Civil Veterinary Department. Madras. Admin. report 1926-33 - 1926-1933
Year: 1926
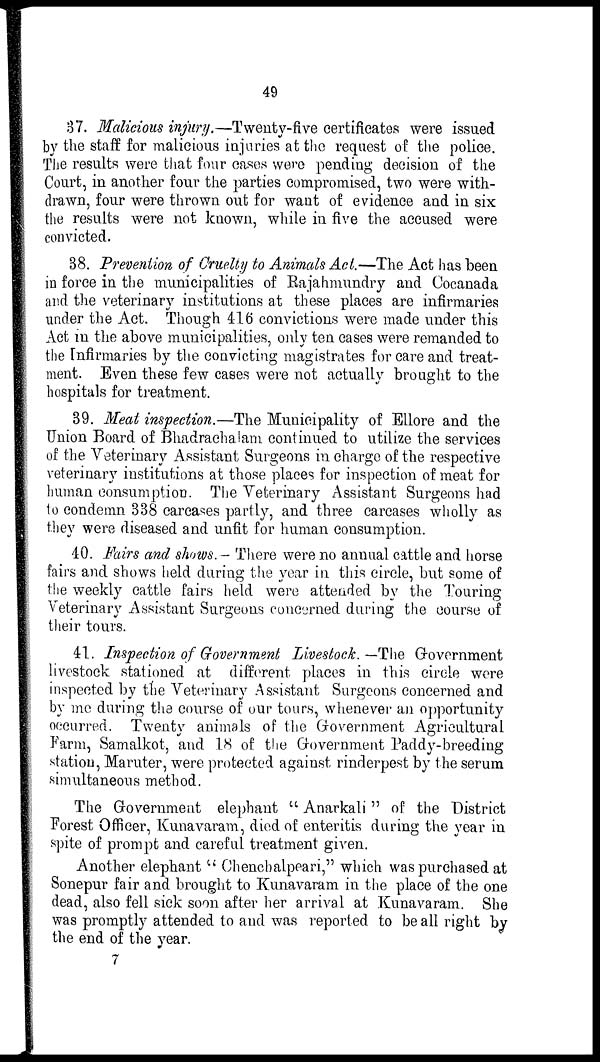
49
37. Malicious injury.—Twenty-five certificates were issued
by the staff for malicious injuries at the request of the police.
The results were that four cases were pending decision of the
Court, in another four the parties compromised, two were with-
drawn, four were thrown out for want of evidence and in six
the results were not known, while in five the accused were
convicted.
38. Prevention of Cruelty to Animals Act.—The Act has been
in force in the municipalities of Rajahmundry and Cocanada
and the veterinary institutions at these places are infirmaries
under the Act. Though 416 convictions were made under this
Act in the above municipalities, only ten cases were remanded to
the Infirmaries by the convicting magistrates for care and treat-
ment. Even these few cases were not actually brought to the
hospitals for treatment.
39. Meat inspection.—The Municipality of Ellore and the
Union Board of Bhadrachalam continued to utilize the services
of the Veterinary Assistant Surgeons in charge of the respective
veterinary institutions at those places for inspection of meat for
human consumption. The Veterinary Assistant Surgeons had
to condemn 338 carcases partly, and three carcases wholly as
they were diseased and unfit for human consumption.
40. Fairs and shows.-There were no annual cattle and horse
fairs and shows held during the year in this circle, but some of
the weekly cattle fairs held were attended by the Touring
Veterinary Assistant Surgeons concerned during the course of
their tours.
41. Inspection of Government Livestock.—The Government
livestock stationed at different places in this circle were
inspected by the Veterinary Assistant Surgeons concerned and
by me during the course of our tours, whenever an opportunity
occurred. Twenty animals of the Government Agricultural
Farm, Samalkot, and 18 of the Government Paddy-breeding
station, Maruter, were protected against rinderpest by the serum
simultaneous method.
The Government elephant "Anarkali" of the District
Forest Officer, Kunavaram, died of enteritis during the year in
spite of prompt and careful treatment given.
Another elephant "Ghencbalpeari," which was purchased at
Sonepur fair and brought to Kunavaram in the place of the one
dead, also fell sick soon after her arrival at Kunavaram. She
was promptly attended to and was reported to be all right by
the end of the year.
7